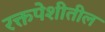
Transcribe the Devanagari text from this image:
रक्तपेशीतील